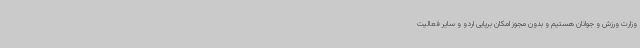
وزارت ورزش و جوانان هستیم و بدون مجوز امکان برپایی اردو و سایر فعالیت